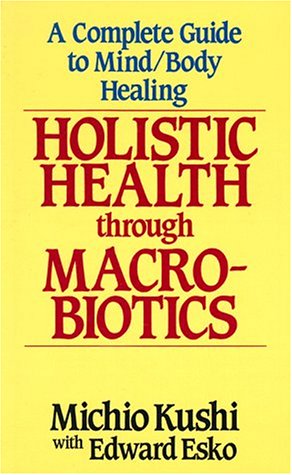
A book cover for Holistic Health Through MacRobiotics: A Complete Guide to Mind/Body Healing; Michio Kushi; Health, Fitness & Dieting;